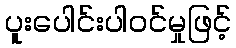
ပူးပေါင်းပါဝင်မှုဖြင့်